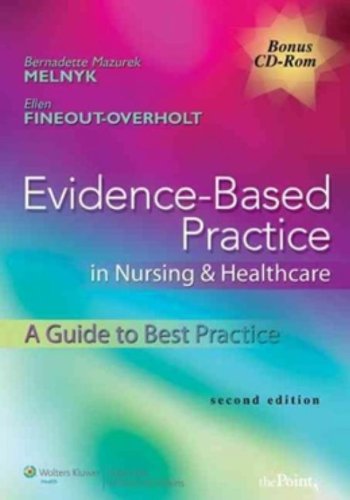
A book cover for Evidence-Based Practice in Nursing & Healthcare: A Guide to Best Practice; Bernadette Mazurek Melnyk PhD  RN  CPNP/PMHNP  FNAP; Medical Books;